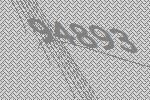
94893